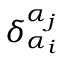
\delta _ { { \alpha } _ { i } } ^ { { \alpha } _ { j } }